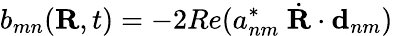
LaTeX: b_{mn}(\textbf{R},t)=-2Re(a_{nm}^{*}\ \dot{\textbf{R}}\cdot\textbf{d}_{nm})